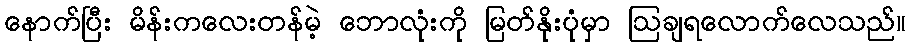
နောက်ပြီး မိန်းကလေးတန်မဲ့ ဘောလုံးကို မြတ်နိုးပုံမှာ ဩချရလောက်လေသည်။